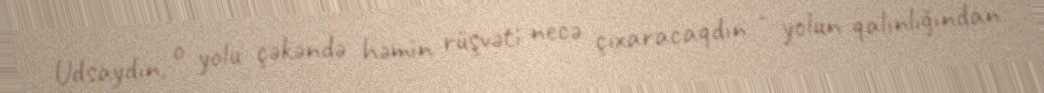
Udsaydın, o yolu çəkəndə həmin rüşvəti necə çıxaracaqdın - yolun qalınlığından